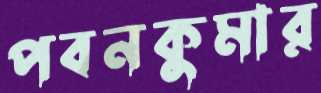
পবনকুমার